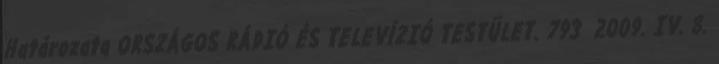
Határozata ORSZÁGOS RÁDIÓ ÉS TELEVÍZIÓ TESTÜLET. 793 2009. IV. 8.